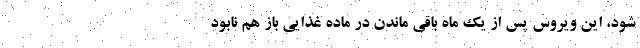
شود، این ویروس پس از یک ماه باقی ماندن در ماده غذایی باز هم نابود